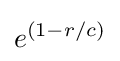
e^{(1-r/c)}